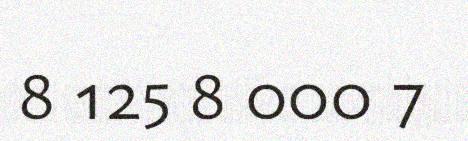
8 125 8 000 7